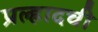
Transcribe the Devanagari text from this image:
प्रल्हादची